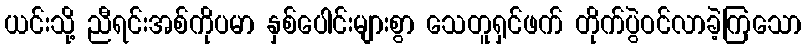
ယင်းသို့ ညီရင်းအစ်ကိုပမာ နှစ်ပေါင်းများစွာ သေတူရှင်ဖက် တိုက်ပွဲဝင်လာခဲ့ကြသော